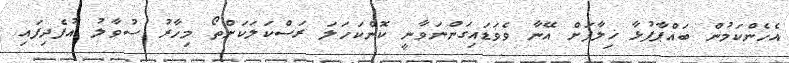
އެހެންކަމުން ބައްޕާފުޅާ ޚިލާފަށް އޭނާ ވެވަޑައިގަންނަވާނީ ކޮންކަހަލަ ރަސްކަލަކަށްތޯ މިހާރު ސުވާލު އުފެދިފައި